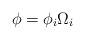
LaTeX: \begin{align*}\phi=\phi_i\Omega_i\end{align*}